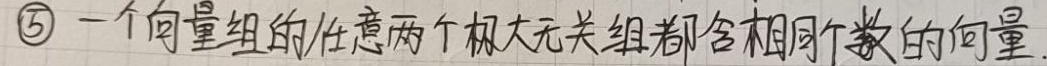
\textcircled{5} 一个向量组的任意两个极大无关组都含相同个数的向量.